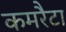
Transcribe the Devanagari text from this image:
कमरैटा